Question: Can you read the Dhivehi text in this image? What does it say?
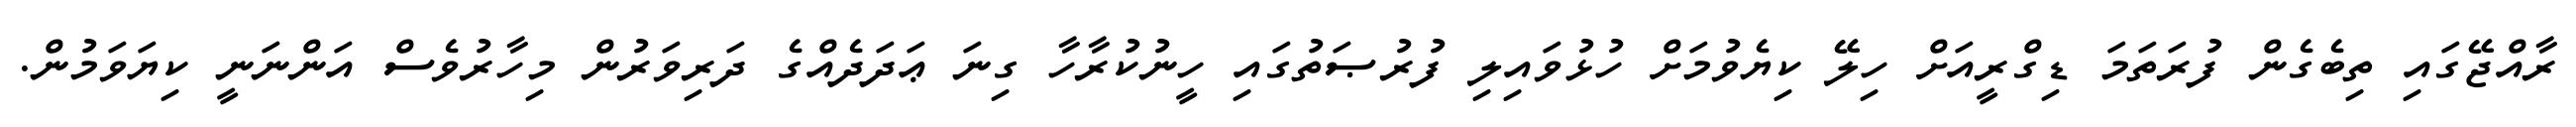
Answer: ރާއްޖޭގައި ތިބެގެން ފުރަތަމަ ޑިގްރީއަށް ހިލޭ ކިޔެވުމަށް ހުޅުވައިލި ފުރުޞަތުގައި ހީނުކުރާހާ ގިނަ ޢަދަދެއްގެ ދަރިވަރުން މިހާރުވެސް އަންނަނީ ކިޔަވަމުން.